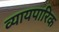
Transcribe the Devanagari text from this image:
व्यायपारिक